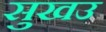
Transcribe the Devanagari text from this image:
सुखउ